Report of the Municipal Commissioner on the plague in Bombay for the year ending 31st May... - Volume 1
Disease focus: Plague
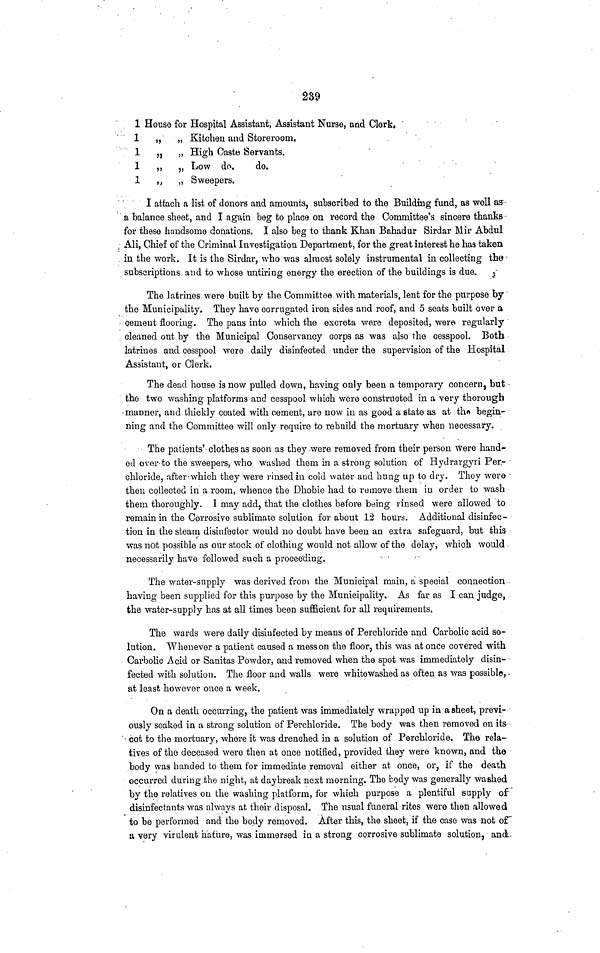
239
1
1
1
1
1
House for Hospital Assistant, Assistant Nurse, and Clerk,
„
„ Kitchen and Storeroom.
„
„ High Caste Servants.
„
„ Low do.
do.
„
„ Sweepers.
I attach a list of donors and amounts, subscribed to the Building fund, as well as
a balance sheet, and I again beg to place on record the Committee's sincere thanks
for these handsome donations. I also beg to thank Khan Bahadur Sirdar Mir Abdul
Ali, Chief of the Criminal Investigation Department, for the great interest he has taken
in the work. It is the Sirdar, who was almost solely instrumental in collecting the
subscriptions and to whose untiring energy the erection of the buildings is due.
The latrines were built by the Committee with materials, lent for the purpose by
the Municipality. They have corrugated iron sides and roof, and 5 seats built over a
cement flooring. The pans into which the excreta were deposited, were regularly
cleaned out by the Municipal Conservancy corps as was also the cesspool. Both
latrines and cesspool were daily disinfected under the supervision of the Hospital
Assistant, or Clerk.
The dead house is now pulled down, having only been a temporary concern, but
the two washing platforms and cesspool which were constructed in a very thorough
manner, and thickly coated with cement, are now in as good a state as at the begin-
ning and the Committee will only require to rebuild the mortuary when necessary.
The patients' clothes as soon as they -were removed from their person were hand-
ed over to the sweepers, who washed them in a strong solution of Hydrargyri Per.-
chloride, after which they were rinsed in cold water and hung up to dry. They were
then collected in a room, whence the Dhobie had to remove them in order to wash
them thoroughly. I may add, that the clothes before being rinsed were allowed to
remain in the Corrosive sublimate solution for about 12 hours. Additional disinfec-
tion in the steam disinfector would no doubt have been an extra safeguard, but this
was not possible as our stock of clothing would not allow of the delay, which would
necessarily have followed such a proceeding.
The water-supply was derived from the Municipal main, a special connection
having been supplied for this purpose by the Municipality, As far as I can judge,
the water-supply has at all times been sufficient for all requirements.
The wards were daily disinfected by means of Perchloride and Carbolic acid so-
lution. Whenever a patient caused a mess on the floor, this was at once covered with
Carbolic Acid or Sanitas Powder, and removed when the spot was immediately disin-
fected with solution. The floor and walls were whitewashed as often as was possible,
at least however once a week.
On a death occurring, the patient was immediately wrapped up in a sheet, previ-
ously soaked in a strong solution of Perchloride. The body was then removed on its
cot to the mortuary, where it was drenched in a solution of Perchloride. The rela-
tives of the deceased were then at once notified, provided they were known, and the
body was handed to them for immediate removal either at once, or, if the death
occurred during the night, at daybreak next morning. The body was generally washed
by the relatives on the washing platform, for which purpose a plentiful supply of
disinfectants was always at their disposal. The usual funeral rites were then allowed
to be performed and the body removed. After this, the sheet, if the case was not of
a very virulent nature, was immersed in a strong corrosive sublimate solution, and